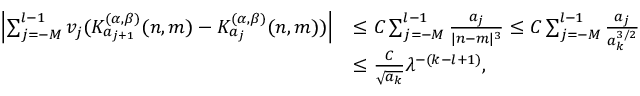
\begin{array} { r l } { \left| \sum _ { j = - M } ^ { l - 1 } v _ { j } ( K _ { a _ { j + 1 } } ^ { ( \alpha , \beta ) } ( n , m ) - K _ { a _ { j } } ^ { ( \alpha , \beta ) } ( n , m ) ) \right| } & { \le C \sum _ { j = - M } ^ { l - 1 } \frac { a _ { j } } { | n - m | ^ { 3 } } \le C \sum _ { j = - M } ^ { l - 1 } \frac { a _ { j } } { a _ { k } ^ { 3 / 2 } } } \\ & { \le \frac { C } { \sqrt { { a _ { k } } } } \lambda ^ { - ( k - { l } + 1 ) } , } \end{array}